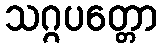
သဂ္ဂပတ္တော